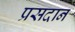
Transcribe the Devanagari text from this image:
प्रसदान